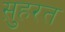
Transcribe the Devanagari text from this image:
स़ुहरत